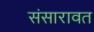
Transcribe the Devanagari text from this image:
संसारावत